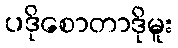
ပဒိုစောတာဒိုမူး